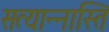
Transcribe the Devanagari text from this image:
सत्यान्नास्ति